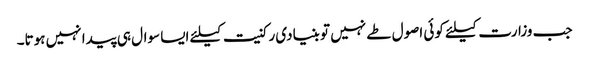
جب وزارت کیلئے کوئی اصول طے نہیں تو بنیادی رکنیت کیلئے ایسا سوال ہی پیدا نہیں ہوتا۔